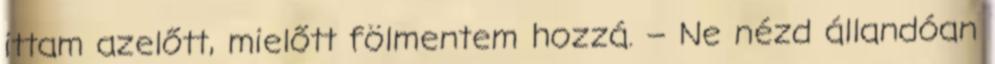
ittam azelőtt, mielőtt fölmentem hozzá. – Ne nézd állandóan